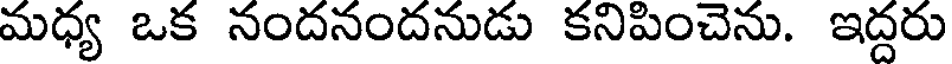
మధ్య ఒక నందనందనుడు కనిపించెను. ఇద్దరు